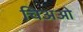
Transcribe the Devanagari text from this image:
चिअओ